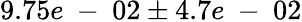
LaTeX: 9.75e\mathrm{~-~}02\pm 4.7e\mathrm{~-~}02